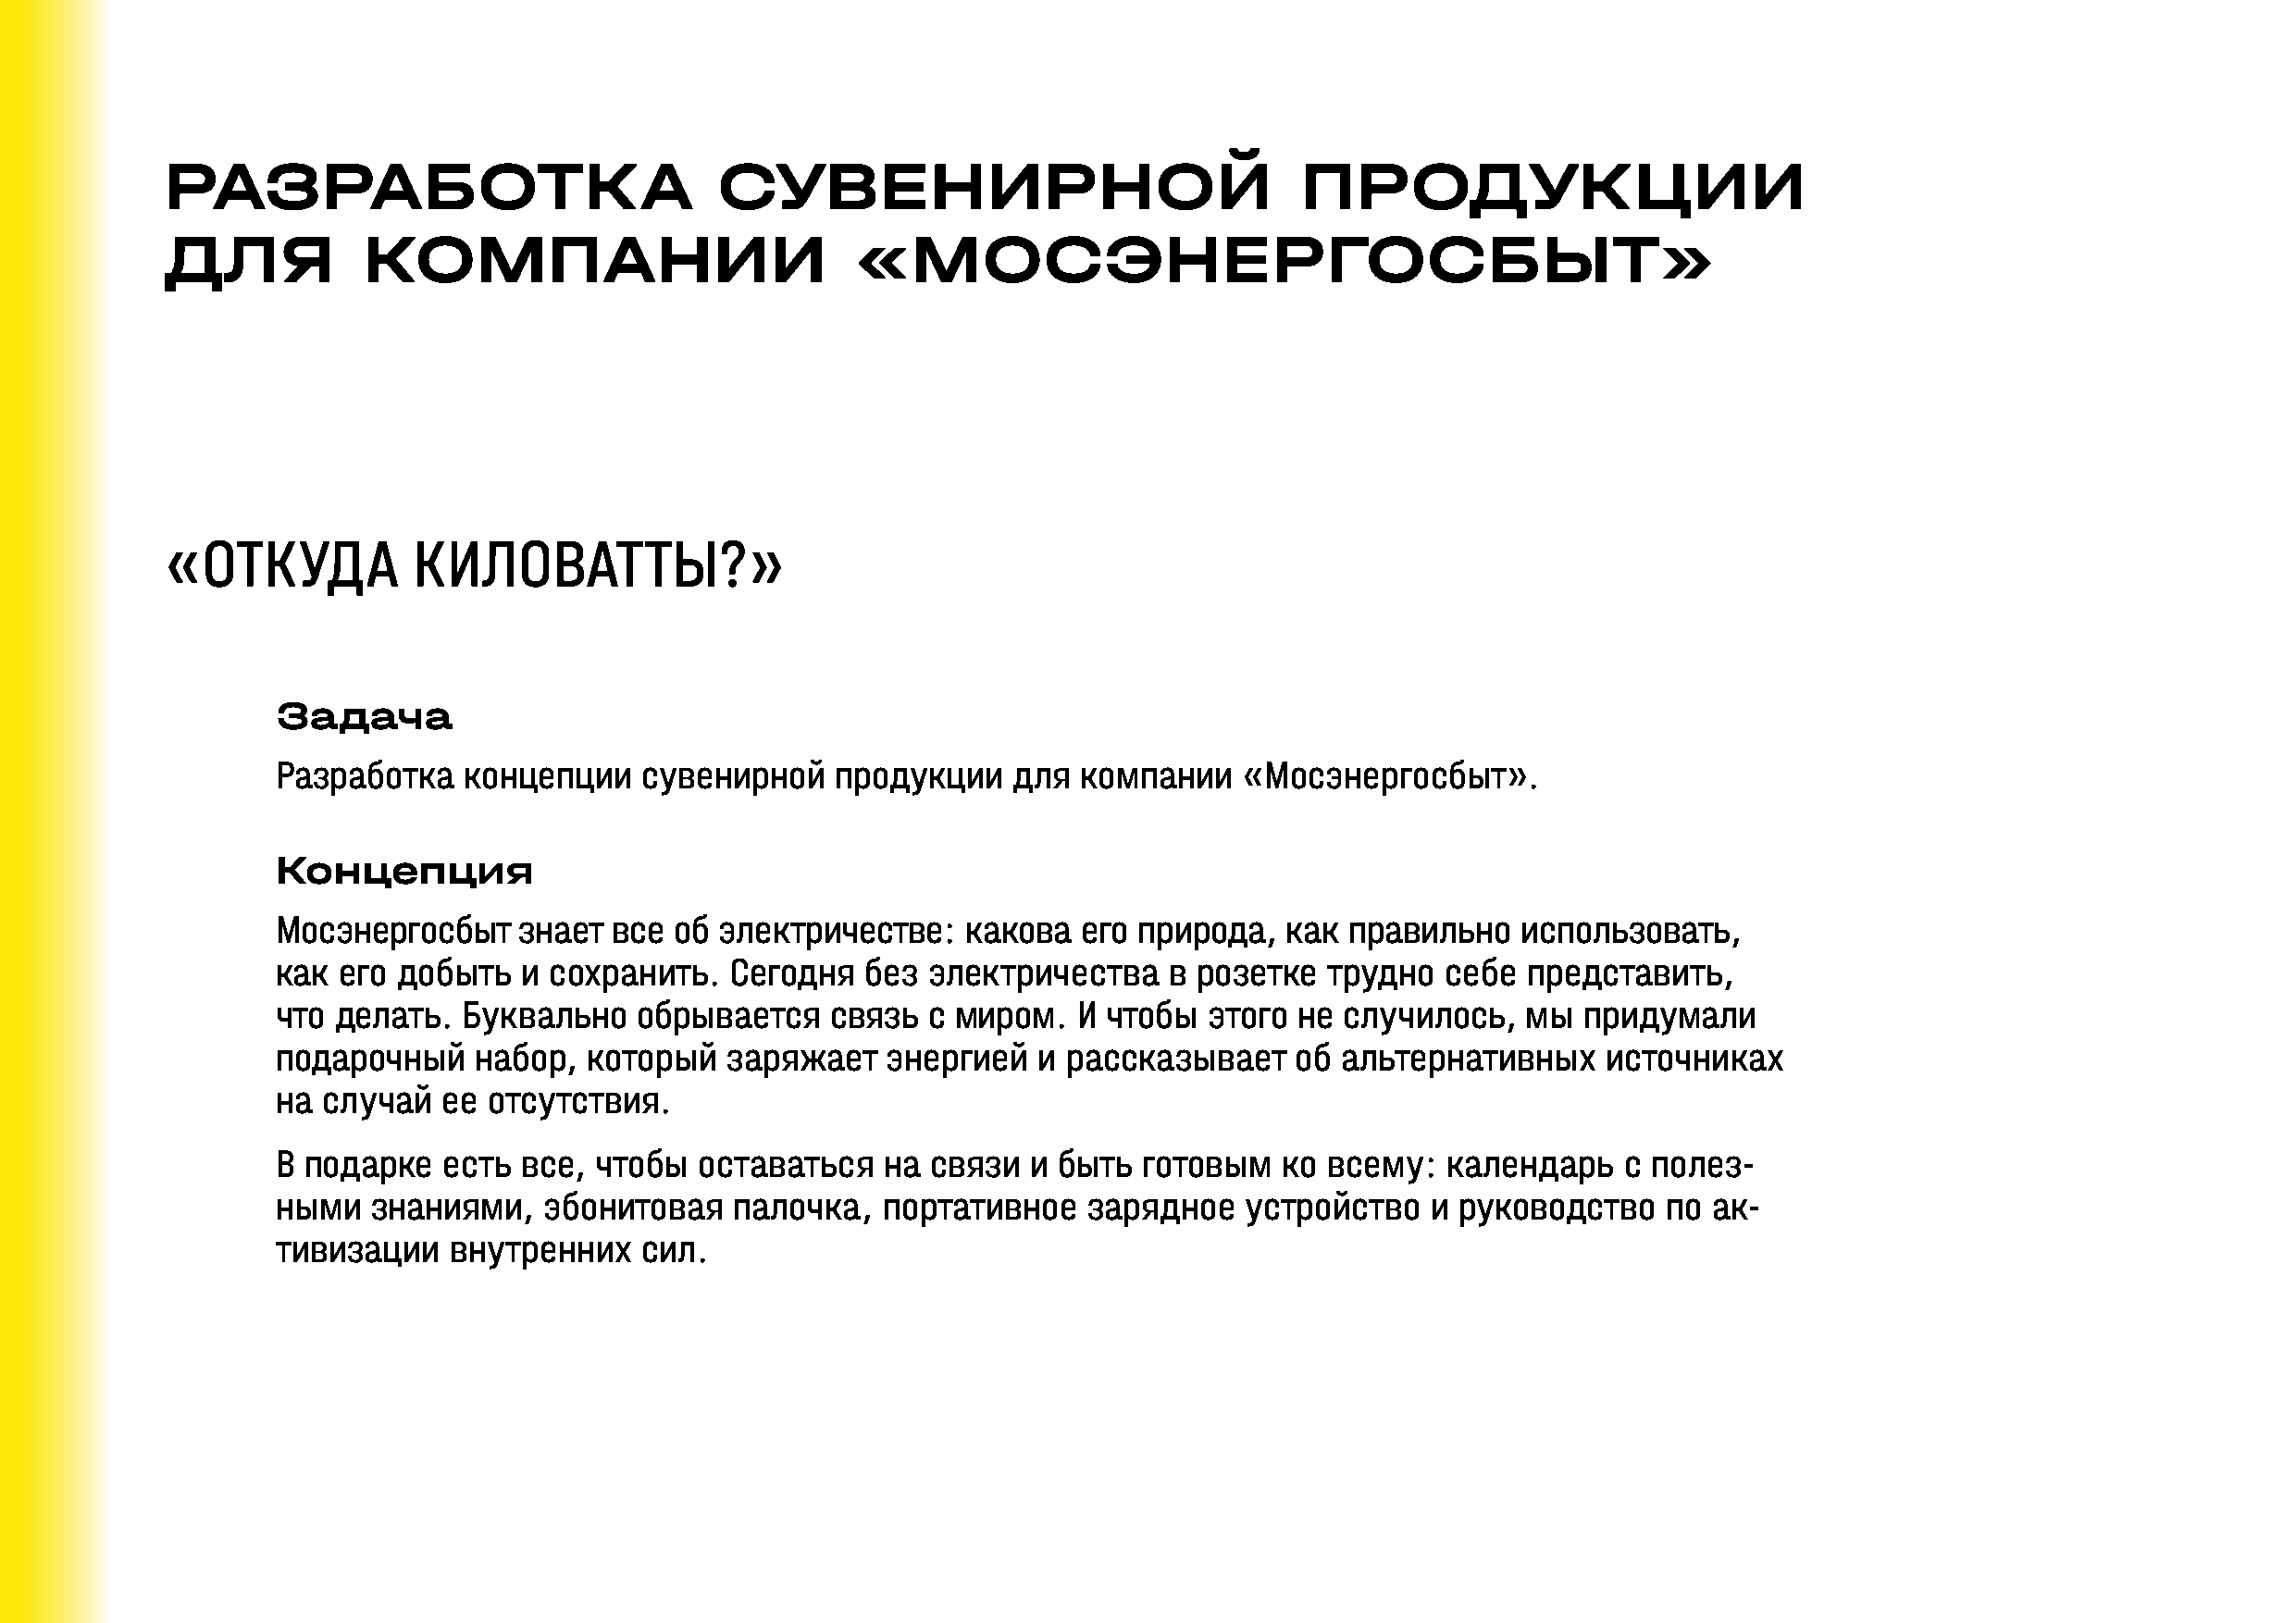
РАЗРАБОТКА                             СУВЕНИРНОЙ                                ПРОДУКЦИИ
 ДЛЯ           КОМПАНИИ                           «МОСЭНЕРГОСБЫТ»
 «ОТКУДА           КИЛОВАТТЫ?»
 Задача
 Разработка   концепции    сувенирной    продукции    для компании    «Мосэнергосбыт».
 Концепция
 Мосэнергосбыт    знает  все об электричестве:    какова  его природа,   как правильно    использовать,
 как его добыть   и сохранить.   Сегодня   без электричества     в розетке  трудно  себе  представить,
 что делать.  Буквально    обрывается   связь  с миром.   И чтобы  этого  не случилось,   мы  придумали
 подарочный    набор,  который   заряжает   энергией   и рассказывает     об альтернативных     источниках
 на случай   ее отсутствия.
 В подарке   есть все,  чтобы  оставаться   на  связи  и быть  готовым   ко всему:  календарь    с полез-
 ными   знаниями,   эбонитовая   палочка,   портативное    зарядное   устройство   и руководство    по ак-
 тивизации   внутренних    сил.